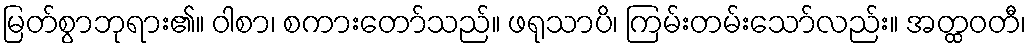
မြတ်စွာဘုရား၏။ ဝါစာ၊ စကားတော်သည်။ ဖရုသာပိ၊ ကြမ်းတမ်းသော်လည်း။ အတ္ထဝတီ၊